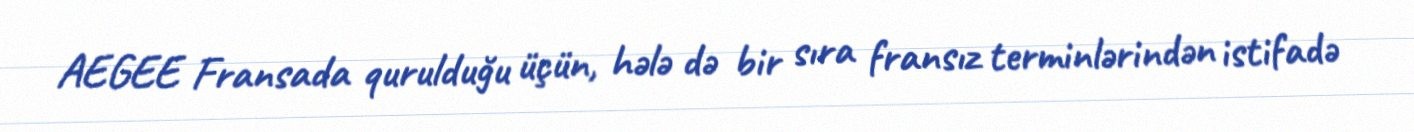
AEGEE Fransada qurulduğu üçün, hələ də bir sıra fransız terminlərindən istifadə